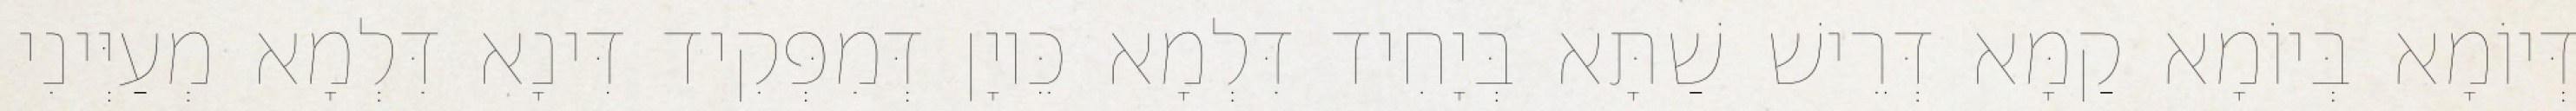
דְּיוֹמָא בְּיוֹמָא קַמָּא דְּרֵישׁ שַׁתָּא בְּיָחִיד דִּלְמָא כֵּיוָן דְּמִפְּקִיד דִּינָא דִּלְמָא מְעַיְּינִי